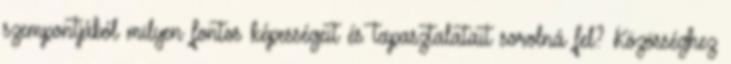
szempontjából milyen fontos képességeit és tapasztalatait sorolná fel? Közösséghez